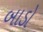
બાડો